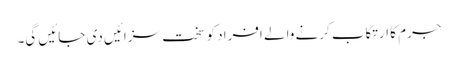
جرم کا ارتکاب کرنے والے افراد کو سخت سزائیں دی جائیں گی۔